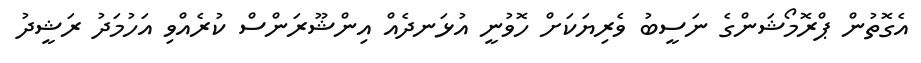
އެގޮތުން ޕްރޮމޯޝަންގެ ނަސީބު ވެރިޔަކަށް ހޮވުނީ އުޅަނދެއް އިންޝޫރަންސް ކުރެއްވި އަހުމަދު ރަޝީދު